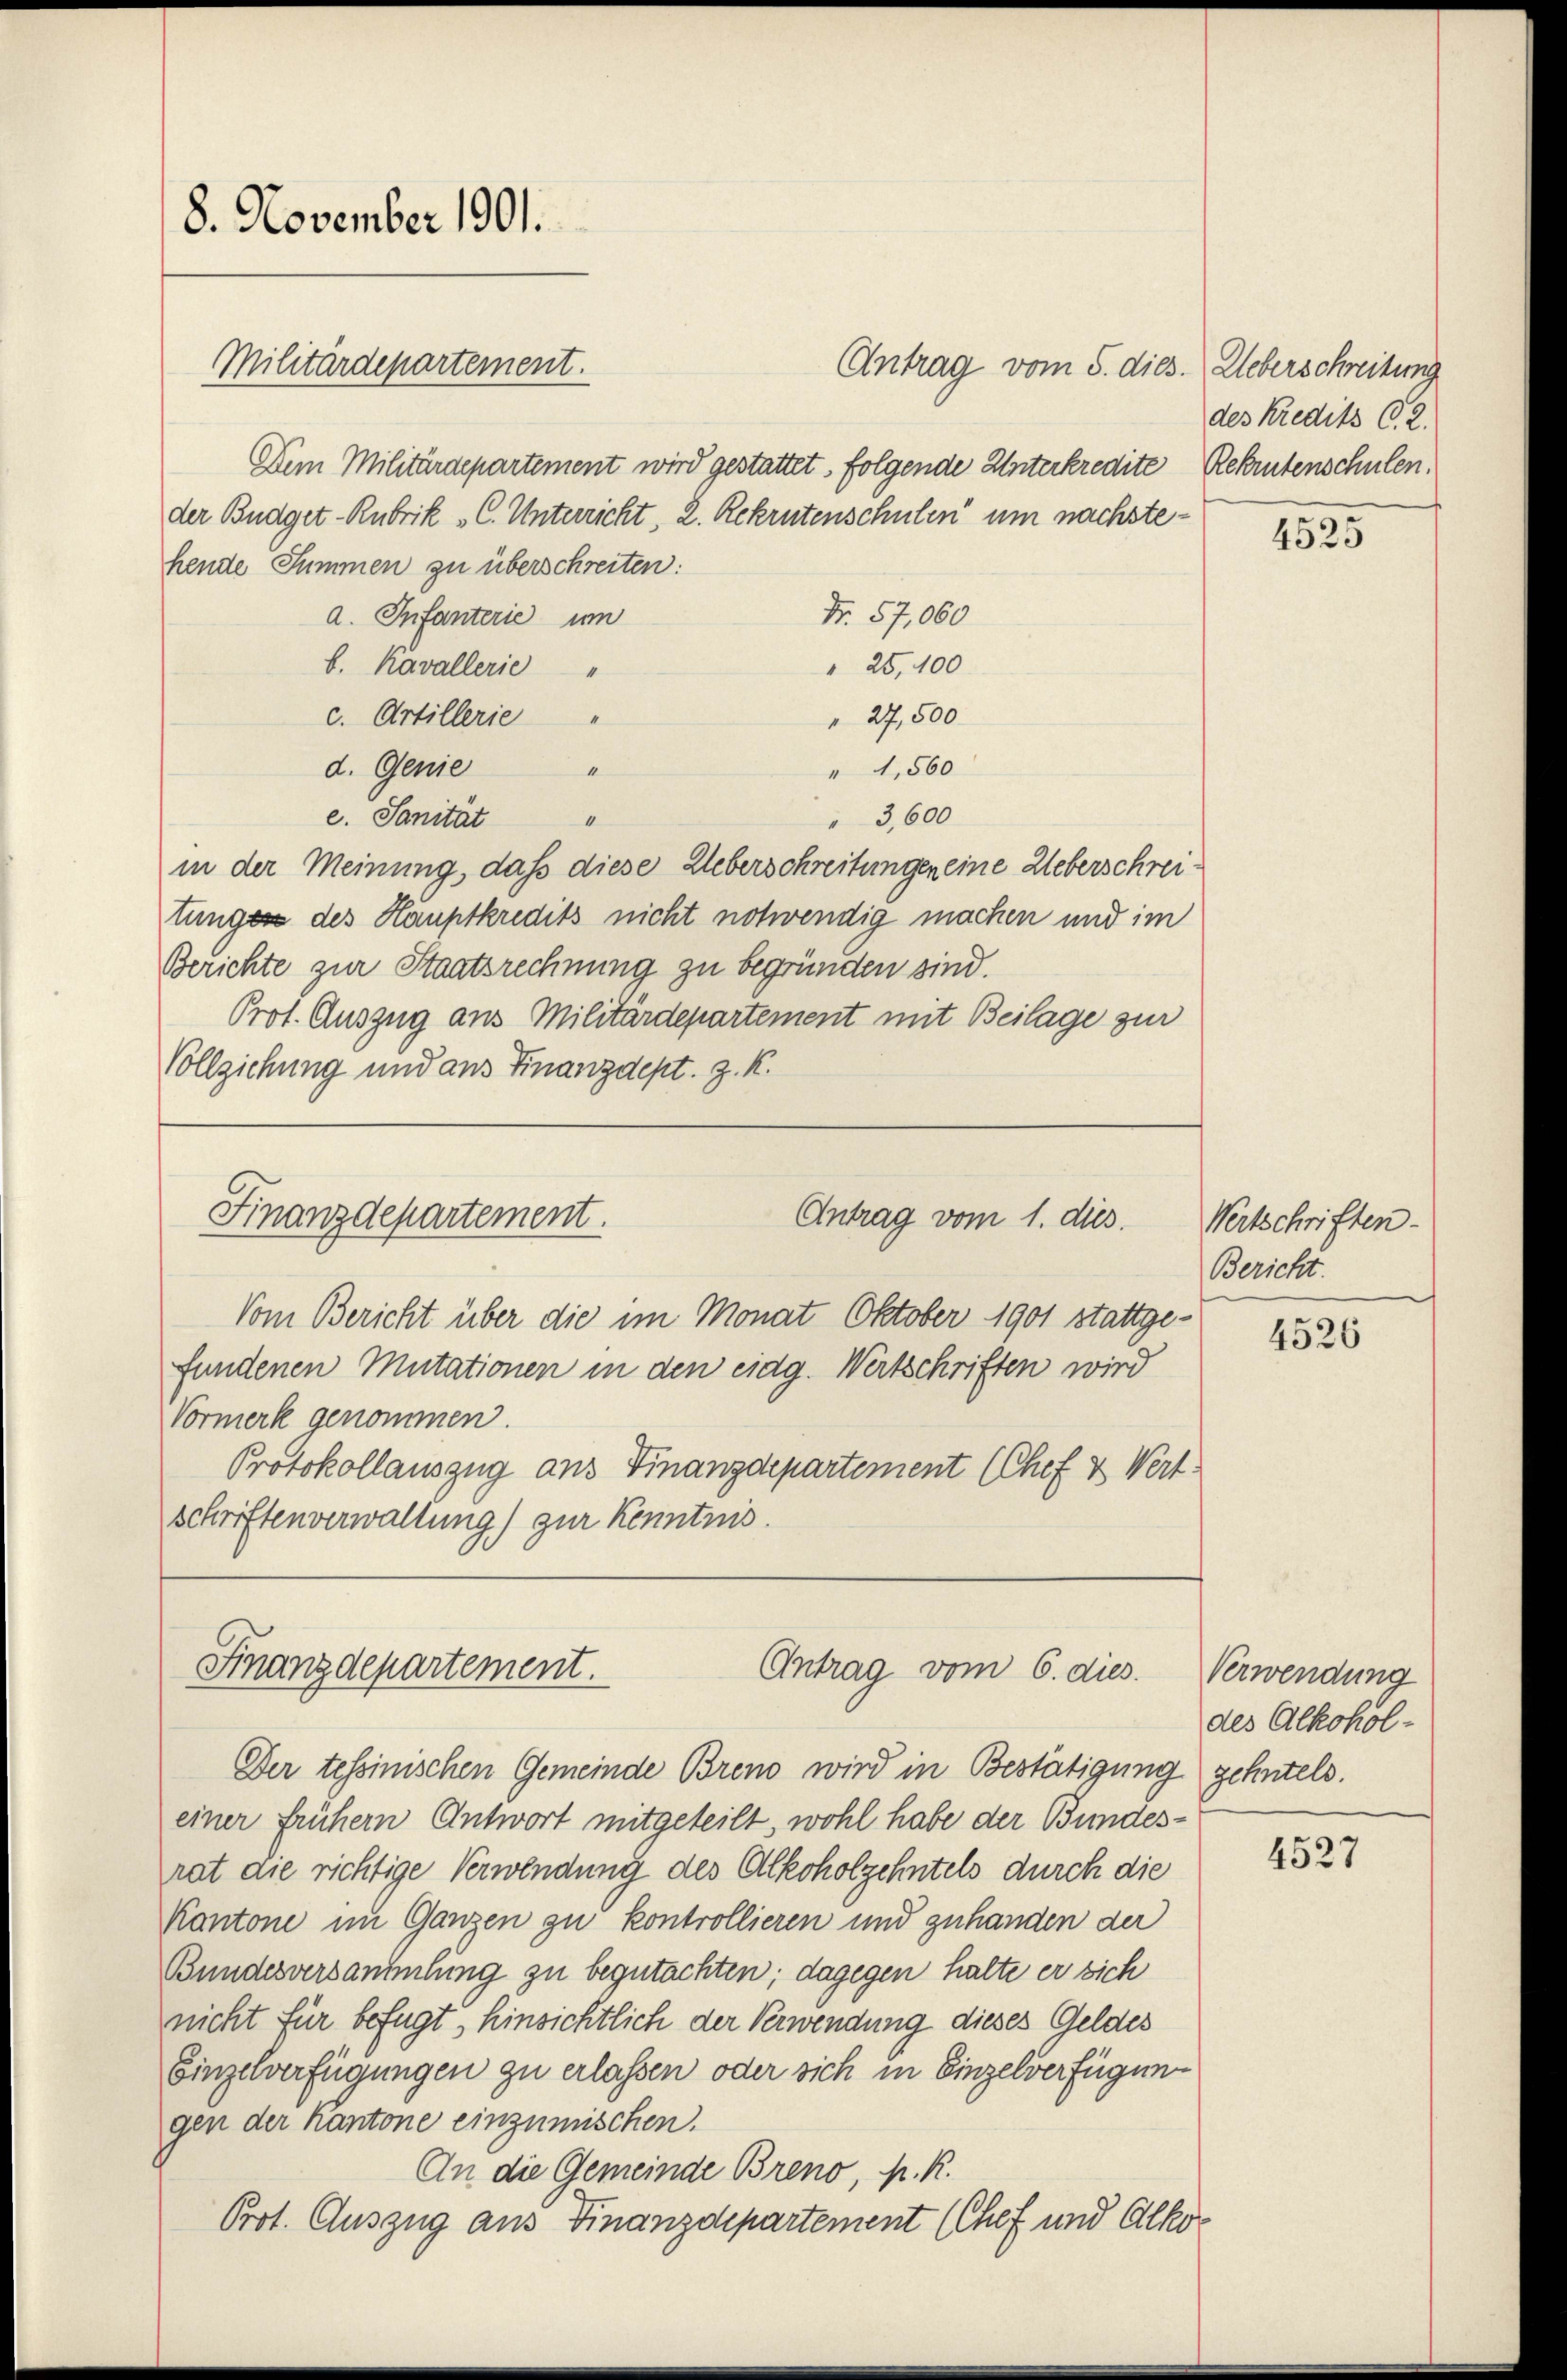
8. November 1901.
Militärdepartement.

Dem Militärdepartement wird gestattet, folgende Unterkredite Rekrutenschulen.
hende Summen zu überschreiten:
a. Infanterie um
Nr. 57,060
" 25,100
b. Kavallerie "
 27,500
c. Artillerie "
d. Genie
4
"1,560
e. Sanität "
3,600
in der Meinung, daß diese Ueberschreitungen eine Ueberschreitunges des Hauptkredits nicht notwendig machen und im
Berichte zur Staatsrechnung zu begründen sind.
Prot. Auszug aus Militärdepartement mit Beilage zur
Vollziehung und aus Finanzdept. Z. K.

der Budget-Rubrik „C. Unterricht, 2. Rekrutenschulen um nächste¬

Antrag vom 5. dies. Ueberschreitung

des Kredits (2.
4525

Finanzdepartement.
Antrag vom 1. dies
Vom Bericht über die im Monat Oktober 1901 stattge¬

Finanzdepartement.
Antrag vom 6. dies

fundenen Mutationen in den eidg. Wertschriften wird
Vormerk genommen.
Protokollauszug aus Finanzdepartement (Chef & Wert:
schriftenverwaltung) zur Kenntnis.

Der tessinischen Gemeinde Brend wird in Bestätigung zehntels.
einer frühern Antwort mitgeteilt, wohl habe der Bundesrat die richtige Verwendung des Alkoholzehntels durch die
Kantone im Ganzen zu kontrollieren und zuhanden der
Bundesversammlung zu begutachten; dagegen halte er sich
nicht für befugt, hinsichtlich der Verwendung dieses Geldes
Einzelverfügungen zu erlassen oder sich in Einzelverfügung
gen der Kantone einzumischen.
An die Gemeinde Breno, P. R.
Prot. Auszug aus Finanzdepartement (Chef und Alko¬

Wertschriften.
Bericht.

4526

Verwendung
des Alkohol¬

4527